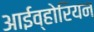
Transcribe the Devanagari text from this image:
आईव्होरियन